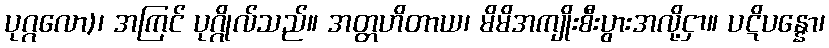
ပုဂ္ဂလော)၊ အကြင် ပုဂ္ဂိုလ်သည်။ အတ္တဟိတာယ၊ မိမိအကျိုးစီးပွားအလို့ငှာ။ ပဋိပန္နော၊